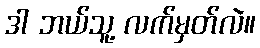
ဒါ ဘယ်သူ့ လက်မှတ်လဲ။